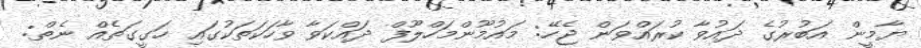
ޔާމީން އަބުރުގެ ދައުވާ ކުރައްވަން ޖެހޭ: މައުމޫންމަހްލޫފް ދައްކަވާ ވާހަކަތަކުގައި ހަގީގަތެއް ނެތް: